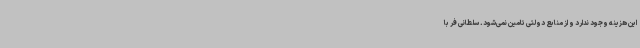
این هزینه وجود ندارد و از منابع دولتی تامین نمی‌شود. سلطانی فر با